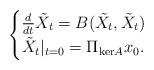
LaTeX: \begin{align*} \begin{cases}\frac{d}{dt} \tilde{X}_t = B(\tilde{X}_t,\tilde{X}_t) \\ \tilde{X}_t|_{t=0} = \Pi_{\mathrm{ker}A}x_0.\end{cases}\end{align*}